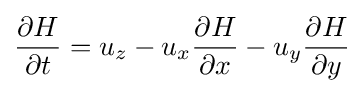
{\dfrac {\partial H}{\partial t}}=u_{z}-u_{x}{\dfrac {\partial H}{\partial x}}-u_{y}{\dfrac {\partial H}{\partial y}}